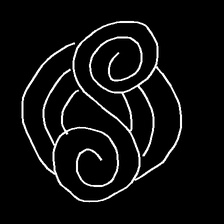
Glyph: wind-underfoot